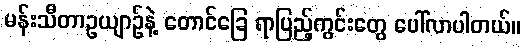
မန်းသီတာဥယျာဉ်နဲ့ တောင်ခြေ ရာပြည့်ကွင်းတွေ ပေါ်လာပါတယ်။